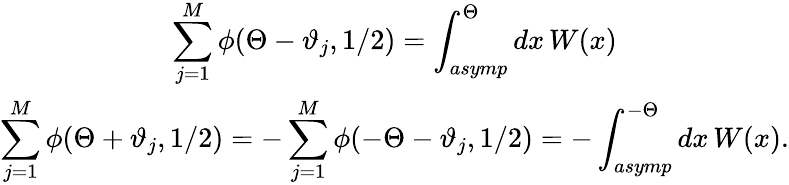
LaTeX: \begin{array}{c}{{\displaystyle\displaystyle\sum_{j=1}^{M}\phi(\Theta-\vartheta_{j},1/2)=\displaystyle\int_{asymp}^{\Theta}dx\, W(x)}}\\ {{\displaystyle\sum_{j=1}^{M}\phi(\Theta+\vartheta_{j},1/2)=-\displaystyle\sum_{j=1}^{M}\phi(-\Theta-\vartheta_{j},1/2)=-\displaystyle\int_{asymp}^{-\Theta}dx\, W(x).}}\end{array}